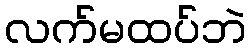
လက်မထပ်ဘဲ